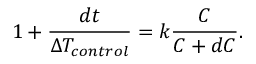
1 + \frac { d t } { \Delta T _ { c o n t r o l } } = k \frac { C } { C + d C } .